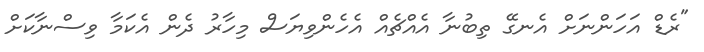
"ރެޑް އަހަންނަށް އެނގޭ ތިބުނާ އެއްޗެއް އެހެންވިޔަސް މިހާރު ދެން އެކަމާ ވިސްނާކަށް